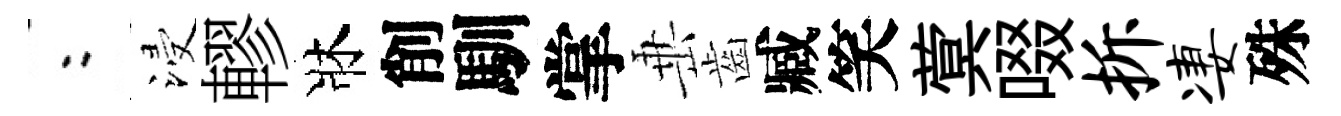
欸浸轇牀削馴掌𡸁齒臧笑蓂啜拆凄殊